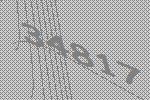
34817